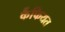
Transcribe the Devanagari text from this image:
र्कैफियत